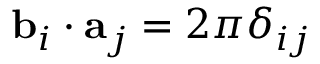
\mathbf { b } _ { i } \cdot \mathbf { a } _ { j } = 2 \pi \delta _ { i j }